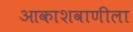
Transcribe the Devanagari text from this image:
आकाशवाणीला